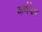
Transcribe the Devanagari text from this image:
कर्णफेर